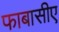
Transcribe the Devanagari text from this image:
फाबासीए